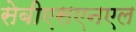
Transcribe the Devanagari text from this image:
सेबीएसएनएल